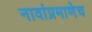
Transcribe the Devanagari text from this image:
नावांप्रमाणेच